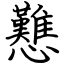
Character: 戁